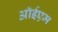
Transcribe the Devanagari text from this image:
ऑईएम